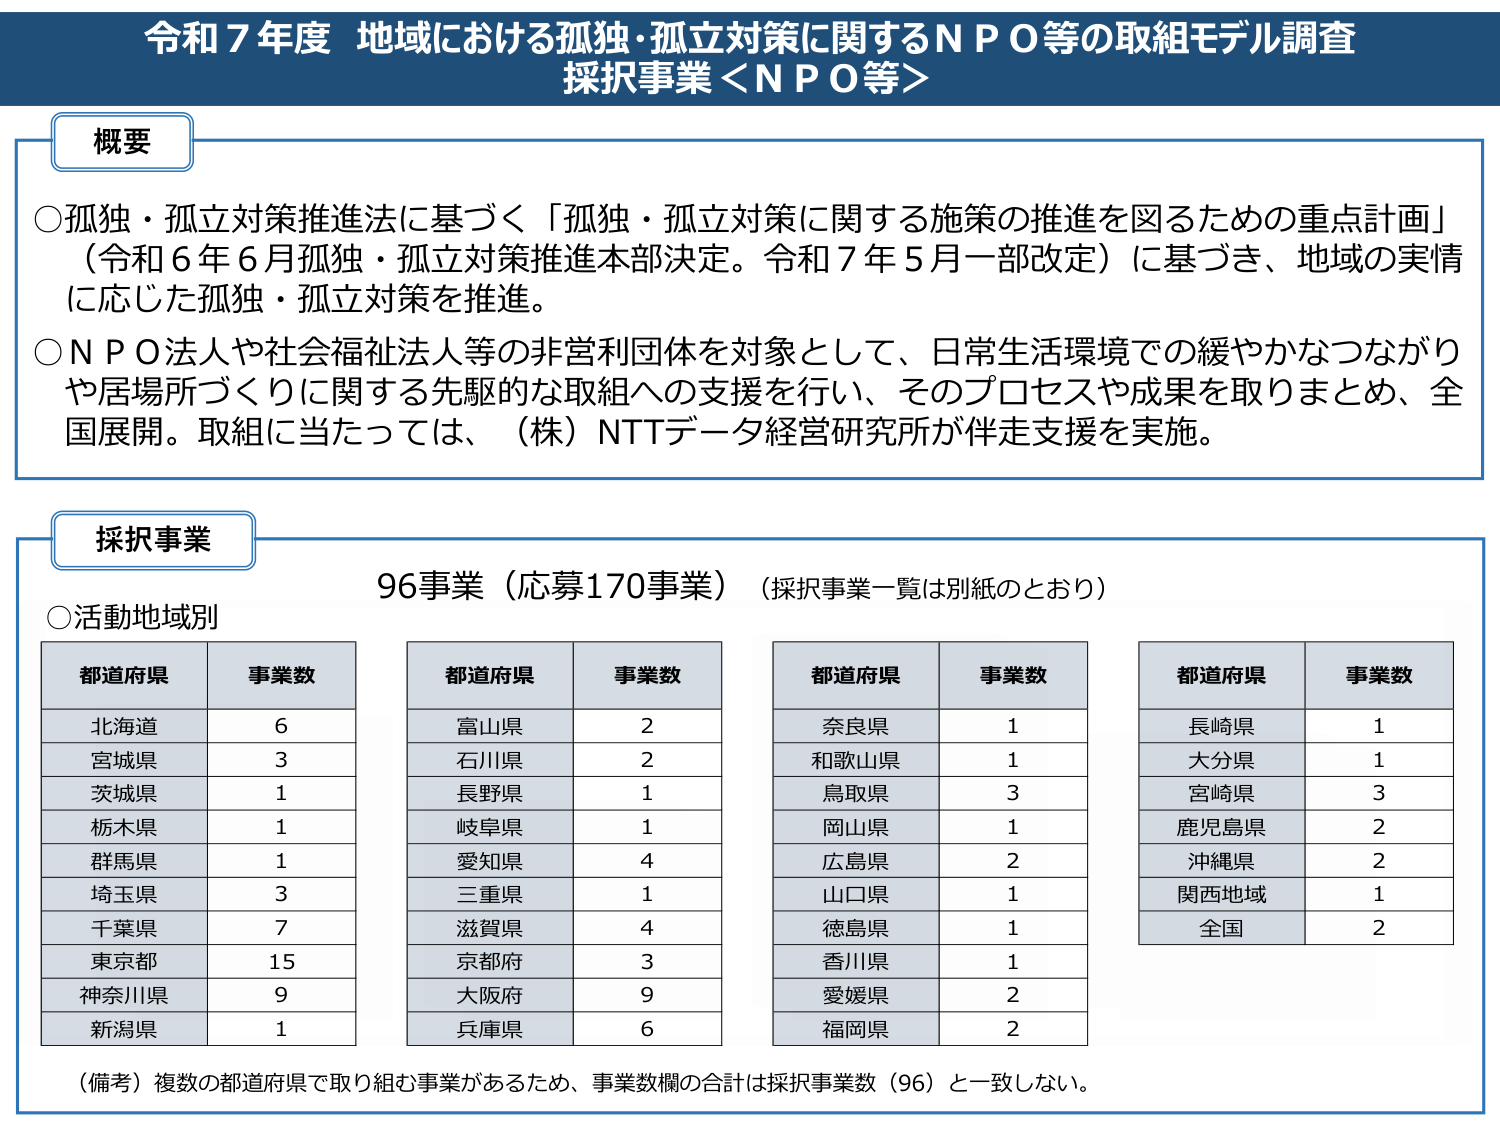
令和７年度 地域における孤独・孤立対策に関するＮＰＯ等の取組モデル調査
採択事業＜ＮＰＯ等＞

概要
○孤独・孤立対策推進法に基づく「孤独・孤立対策に関する施策の推進を図るための重点計画」（令和６年６月孤独・孤立対策推進本部決定。令和７年５月一部改定）に基づき、地域の実情に応じた孤独・孤立対策を推進。
○ＮＰＯ法人や社会福祉法人等の非営利団体を対象として、日常生活環境での緩やかなつながりや居場所づくりに関する先駆的な取組への支援を行い、そのプロセスや成果を取りまとめ、全国展開。取組に当たっては、（株）NTTデータ経営研究所が伴走支援を実施。

採択事業
96事業（応募170事業）（採択事業一覧は別紙のとおり）
○活動地域別

都道府県　事業数
北海道　6
宮城県　3
茨城県　1
栃木県　1
群馬県　1
埼玉県　3
千葉県　7
東京都　15
神奈川県　9
新潟県　1

都道府県　事業数
富山県　2
石川県　2
長野県　1
岐阜県　1
愛知県　4
三重県　1
滋賀県　4
京都府　3
大阪府　9
兵庫県　6

都道府県　事業数
奈良県　1
和歌山県　1
鳥取県　3
岡山県　1
広島県　2
山口県　1
徳島県　1
香川県　1
愛媛県　2
福岡県　2

都道府県　事業数
長崎県　1
大分県　1
宮崎県　3
鹿児島県　2
沖縄県　2
関西地域　1
全国　2

（備考）複数の都道府県で取り組む事業があるため、事業数欄の合計は採択事業数（96）と一致しない。